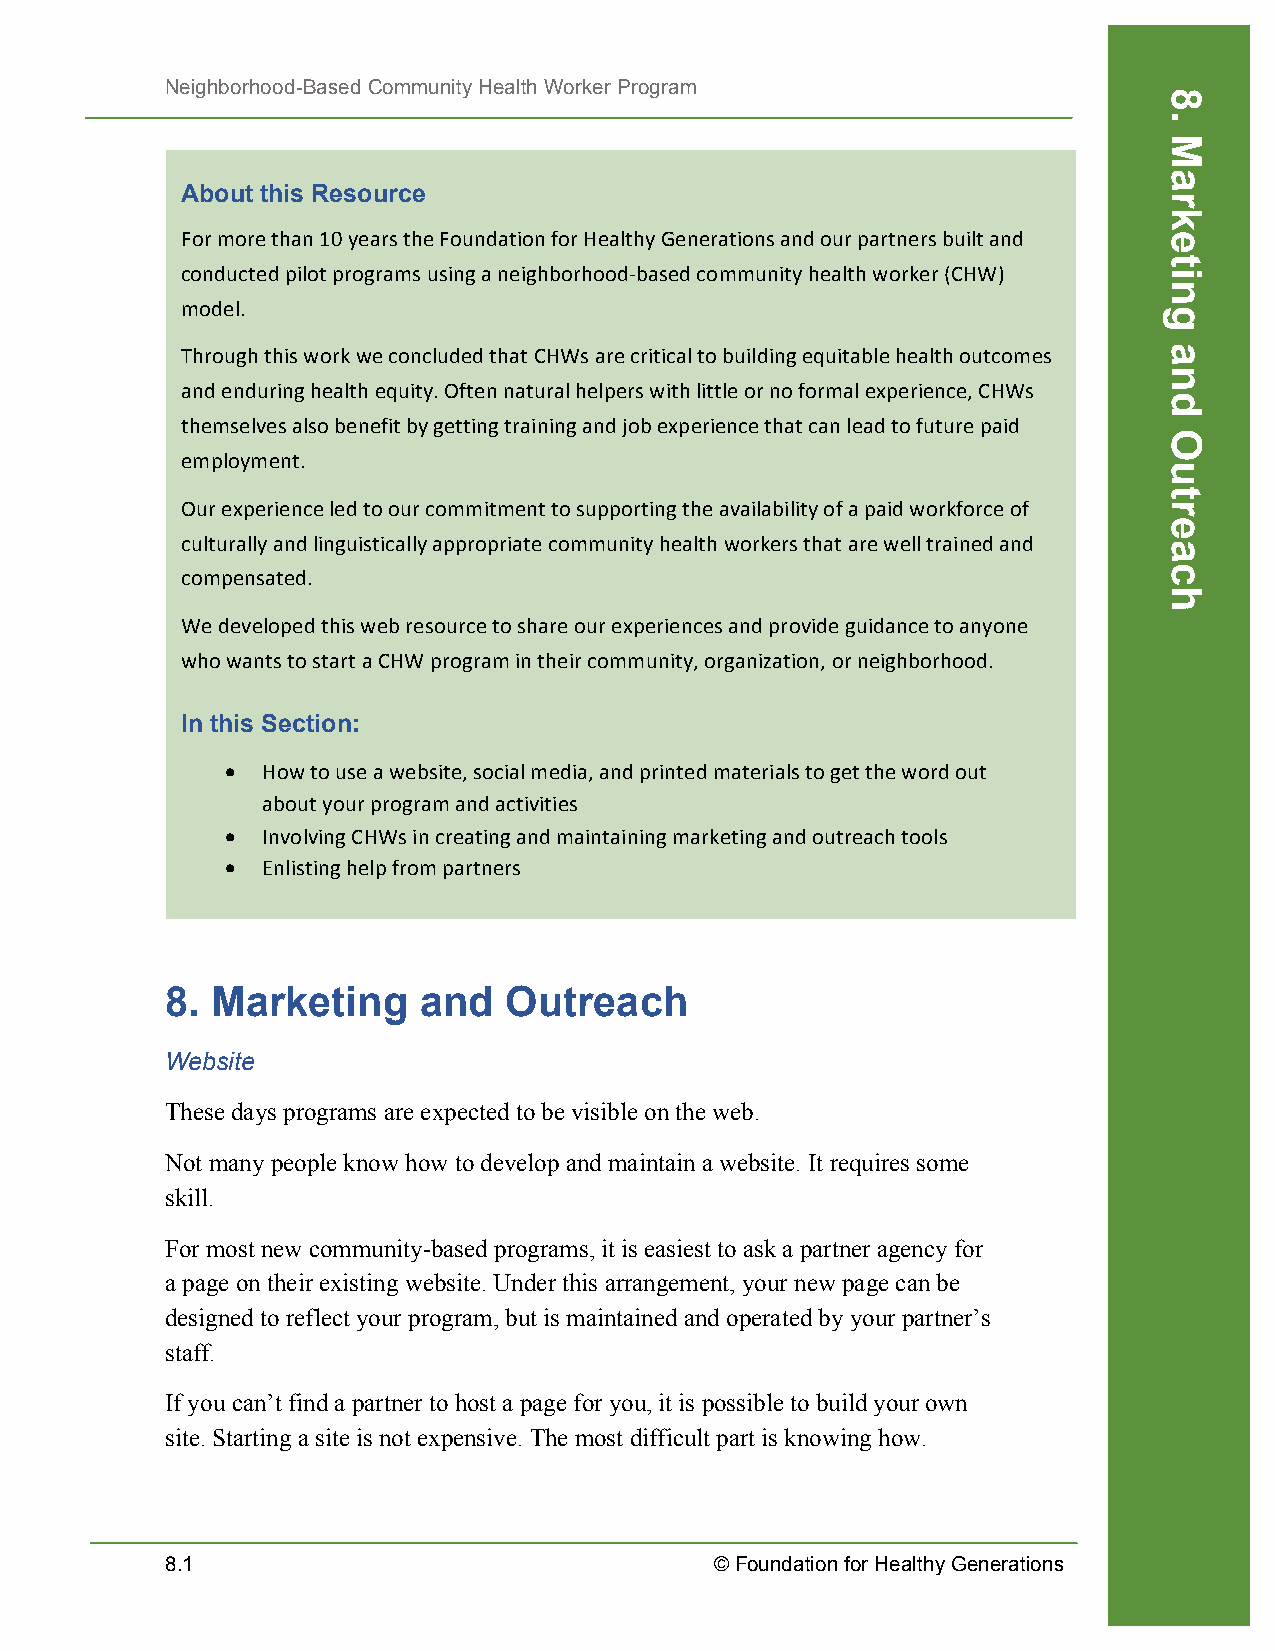
Neighborhood-Based Community Health Worker Program
 About this Resource
 For more than 10 years the Foundation for Healthy Generations and our partners built and
 conducted pilot programs using a neighborhood-­‐based community health worker (CHW)
 model.
 Through this work we concluded that CHWs are critical to building equitable health outcomes
 and enduring health equity. Often natural helpers with little or no formal experience, CHWs
 themselves also benefit by getting training and job experience that can lead to future paid
 employment.
 Our experience led to our commitment to supporting the availability of a paid workforce of
 culturally and linguistically appropriate community health workers that are well trained and
 compensated.
 We developed this web resource to share our experiences and provide guidance to anyone
 who wants to start a CHW program in their community, organization, or neighborhood.
 In this Section:
 • How to use a website, social media, and printed materials to get the word out
 about your program and activities
 • Involving CHWs in creating and maintaining marketing and outreach tools
 • Enlisting help from partners
 8. Marketing     and  Outreach
 Website
 These days programs are expected to be visible on the web.
 Not many people know how to develop and maintain a website. It requires some
 skill.
 For most new community-based programs, it is easiest to ask a partner agency for
 a page on their existing website. Under this arrangement, your new page can be
 designed to reflect your program, but is maintained and operated by your partner’s
 staff.
 If you can’t find a partner to host a page for you, it is possible to build your own
 site. Starting a site is not expensive. The most difficult part is knowing how.
 8.1                                 © Foundation for Healthy Generations
 8.
 Marketing
 and
 Outreach